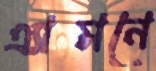
এ্যামনে